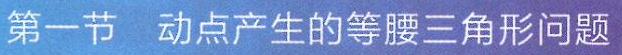
第一节 动点产生的等腰三角形问题